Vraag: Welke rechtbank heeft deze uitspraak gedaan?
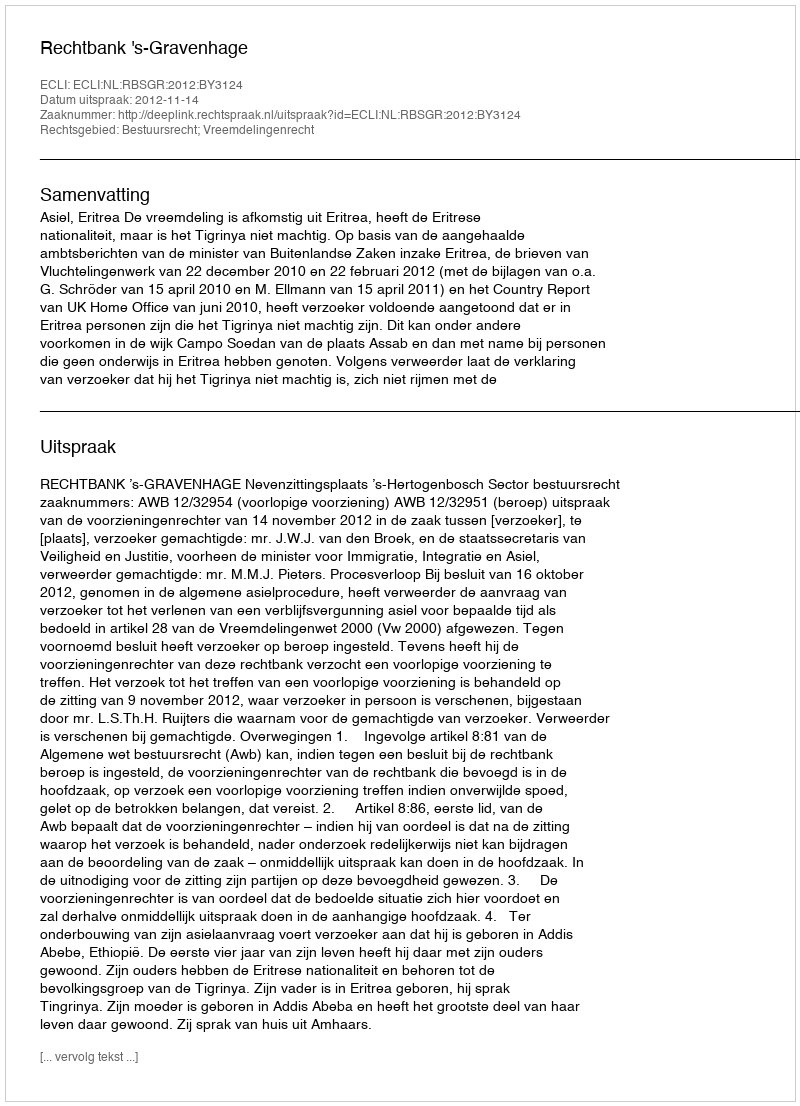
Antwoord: Rechtbank 's-Gravenhage